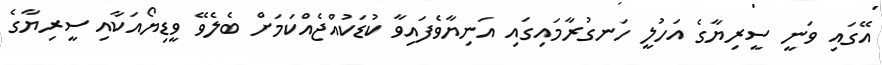
އޭގައި ވަނީ ސީރިޔާގެ އަހުލީ ހަނގުރާމައިގައި އަނިޔާވެފައިވާ ކުޑަކުއްޖެއްކަމަށް ބެލެވޭ ވީޑިޔޯއަކާއި ސީރިޔާގެ